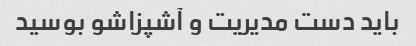
باید دست مدیریت و آشپزاشو بوسید